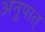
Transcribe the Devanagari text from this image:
अनुपात्